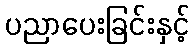
ပညာပေးခြင်းနှင့်